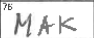
Transcription: MAK